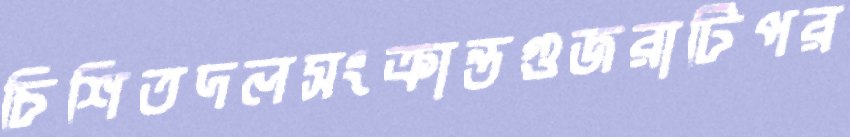
চিশিতদলসংক্রান্তগুজরাটিপর